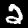
Digit: 2